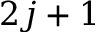
2 j + 1